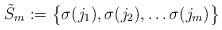
LaTeX: \begin{align*} \tilde{S}_m:= \big\{\sigma(j_1),\sigma(j_2), \ldots \sigma(j_m) \big\} \end{align*}